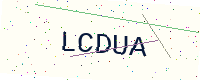
Text: LCDUA